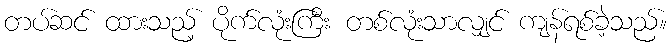
တပ်ဆင် ထားသည့် ပိုက်လုံးကြီး တစ်လုံးသာလျှင် ကျန်ရစ်ခဲ့သည်။